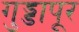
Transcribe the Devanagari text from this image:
गुड्डापूर